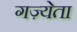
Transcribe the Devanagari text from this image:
गज़्येता